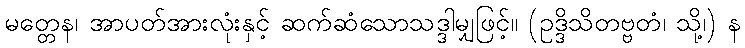
မတ္တေန၊ အာပတ်အားလုံးနှင့် ဆက်ဆံသောသဒ္ဒါမျှဖြင့်။ (ဥဒ္ဒိသိတဗ္ဗတံ၊ သို့၊) န